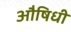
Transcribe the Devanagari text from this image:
औषिधी